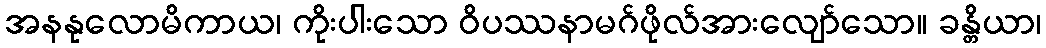
အနနုလောမိကာယ၊ ကိုးပါးသော ဝိပဿနာမဂ်ဖိုလ်အားလျော်သော။ ခန္တိယာ၊